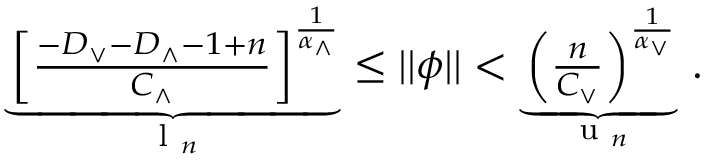
\begin{array} { r } { \underbrace { \left[ \frac { - D _ { \vee } - D _ { \wedge } - 1 + n } { C _ { \wedge } } \right] ^ { \frac { 1 } { \alpha _ { \wedge } } } } _ { \textrm { l } _ { n } } \leq \vert \vert \phi \vert \vert < \underbrace { \left( \frac { n } { C _ { \vee } } \right) ^ { \frac { 1 } { \alpha _ { \vee } } } } _ { \textrm { u } _ { n } } \, . } \end{array}